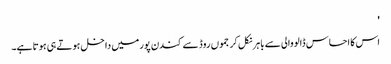
'
اس کا احساس ڈالووالی سے باہر نکل کر جموں روڈ سے کندن پور میں داخل ہوتے ہی ہوتا ہے۔